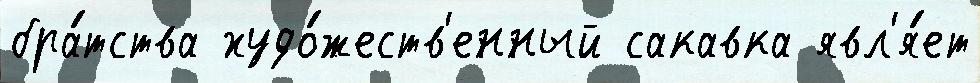
бра́тства худо́жеств'енный сакавка явл'я́ет